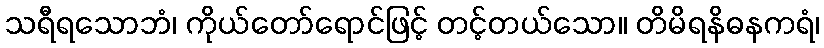
သရီရသောဘံ၊ ကိုယ်တော်ရောင်ဖြင့် တင့်တယ်သော။ တိမိရနိဓနကရံ၊